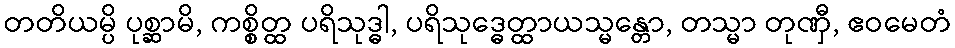
တတိယမ္ပိ ပုစ္ဆာမိ, ကစ္စိတ္ထ ပရိသုဒ္ဓါ, ပရိသုဒ္ဓေတ္ထာယသ္မန္တော, တသ္မာ တုဏှီ, ဧဝမေတံ